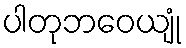
ပါတုဘဝေယျုံ